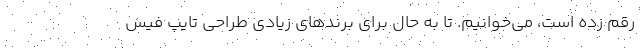
رقم زده است، می‌خوانیم. تا به حال برای برندهای زیادی طراحی تایپ فیس